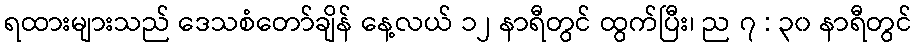
ရထားများသည် ဒေသစံတော်ချိန် နေ့လယ် ၁၂ နာရီတွင် ထွက်ပြီး၊ ည ၇ : ၃၀ နာရီတွင်